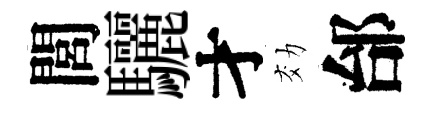
閭驪才効邰